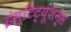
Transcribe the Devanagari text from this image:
इंस्टिट्यूशन्स